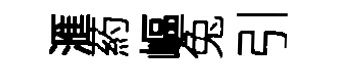
滙葯嶇兔引